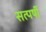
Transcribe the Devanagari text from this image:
सत्पर्षी